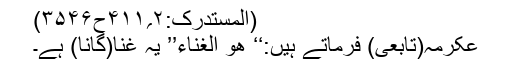
(المستدرک:۲؍۴۱۱ح۳۵۴۶)
عکرمہ(تابعی) فرماتے ہیں:‘‘ ھو الغناء’’ یہ غنا(گانا) ہے۔